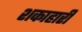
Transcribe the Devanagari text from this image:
शकाहारी